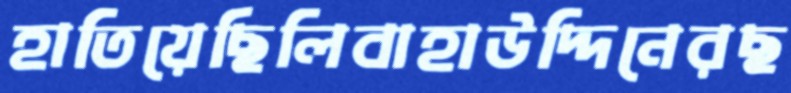
হাতিয়েছিলিবাহাউদ্দিনেরছ